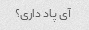
آی پاد داری؟